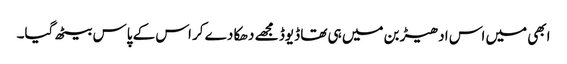
ابھی میں اس ادھیڑ بن میں ہی تھا ڈیوڈ مجھے دھکا دے کر اس کے پاس بیٹھ گیا۔